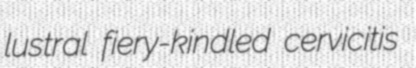
lustral fiery-kindled cervicitis